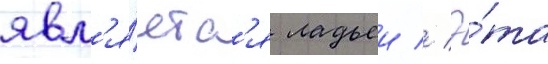
явл'я́етс'я ладьеи // Э́та